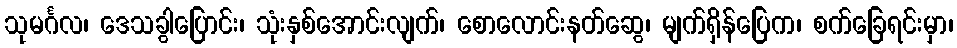
သုမင်္ဂလ၊ ဒေသခွါပြောင်း၊ သုံးနှစ်အောင်းလျက်၊ စောလောင်းနတ်ဆွေ၊ မျက်ရှိန်ပြေက၊ စက်ခြေရင်းမှာ၊